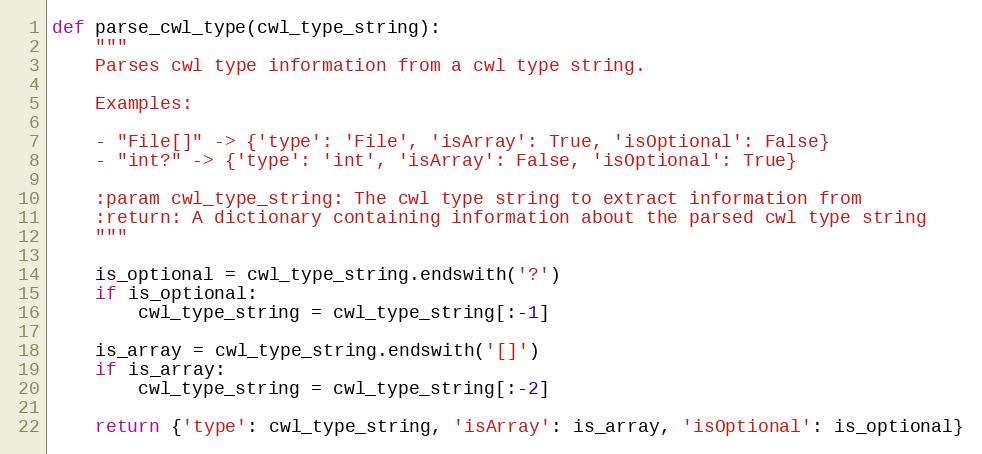
Language: Python
def parse_cwl_type(cwl_type_string):
    """
    Parses cwl type information from a cwl type string.

    Examples:

    - "File[]" -> {'type': 'File', 'isArray': True, 'isOptional': False}
    - "int?" -> {'type': 'int', 'isArray': False, 'isOptional': True}

    :param cwl_type_string: The cwl type string to extract information from
    :return: A dictionary containing information about the parsed cwl type string
    """

    is_optional = cwl_type_string.endswith('?')
    if is_optional:
        cwl_type_string = cwl_type_string[:-1]

    is_array = cwl_type_string.endswith('[]')
    if is_array:
        cwl_type_string = cwl_type_string[:-2]

    return {'type': cwl_type_string, 'isArray': is_array, 'isOptional': is_optional}